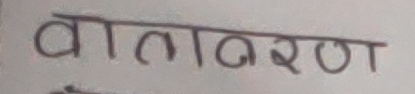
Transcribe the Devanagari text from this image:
वातावरण